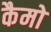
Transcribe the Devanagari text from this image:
कैमो